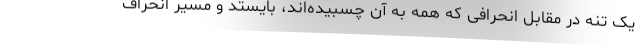
یک تنه در مقابل انحرافی که همه به آن چسبیده‌اند، بایستد و مسیر انحراف